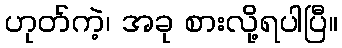
ဟုတ်ကဲ့၊ အခု စားလို့ရပါပြီ။